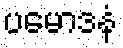
ပမောဒနံ